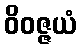
ဝိဝဇ္ဇယံ